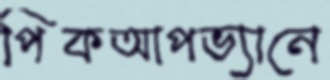
পিকআপভ্যানে